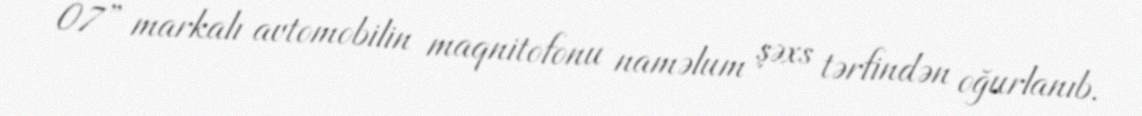
07” markalı avtomobilin maqnitofonu naməlum şəxs tərfindən oğurlanıb.